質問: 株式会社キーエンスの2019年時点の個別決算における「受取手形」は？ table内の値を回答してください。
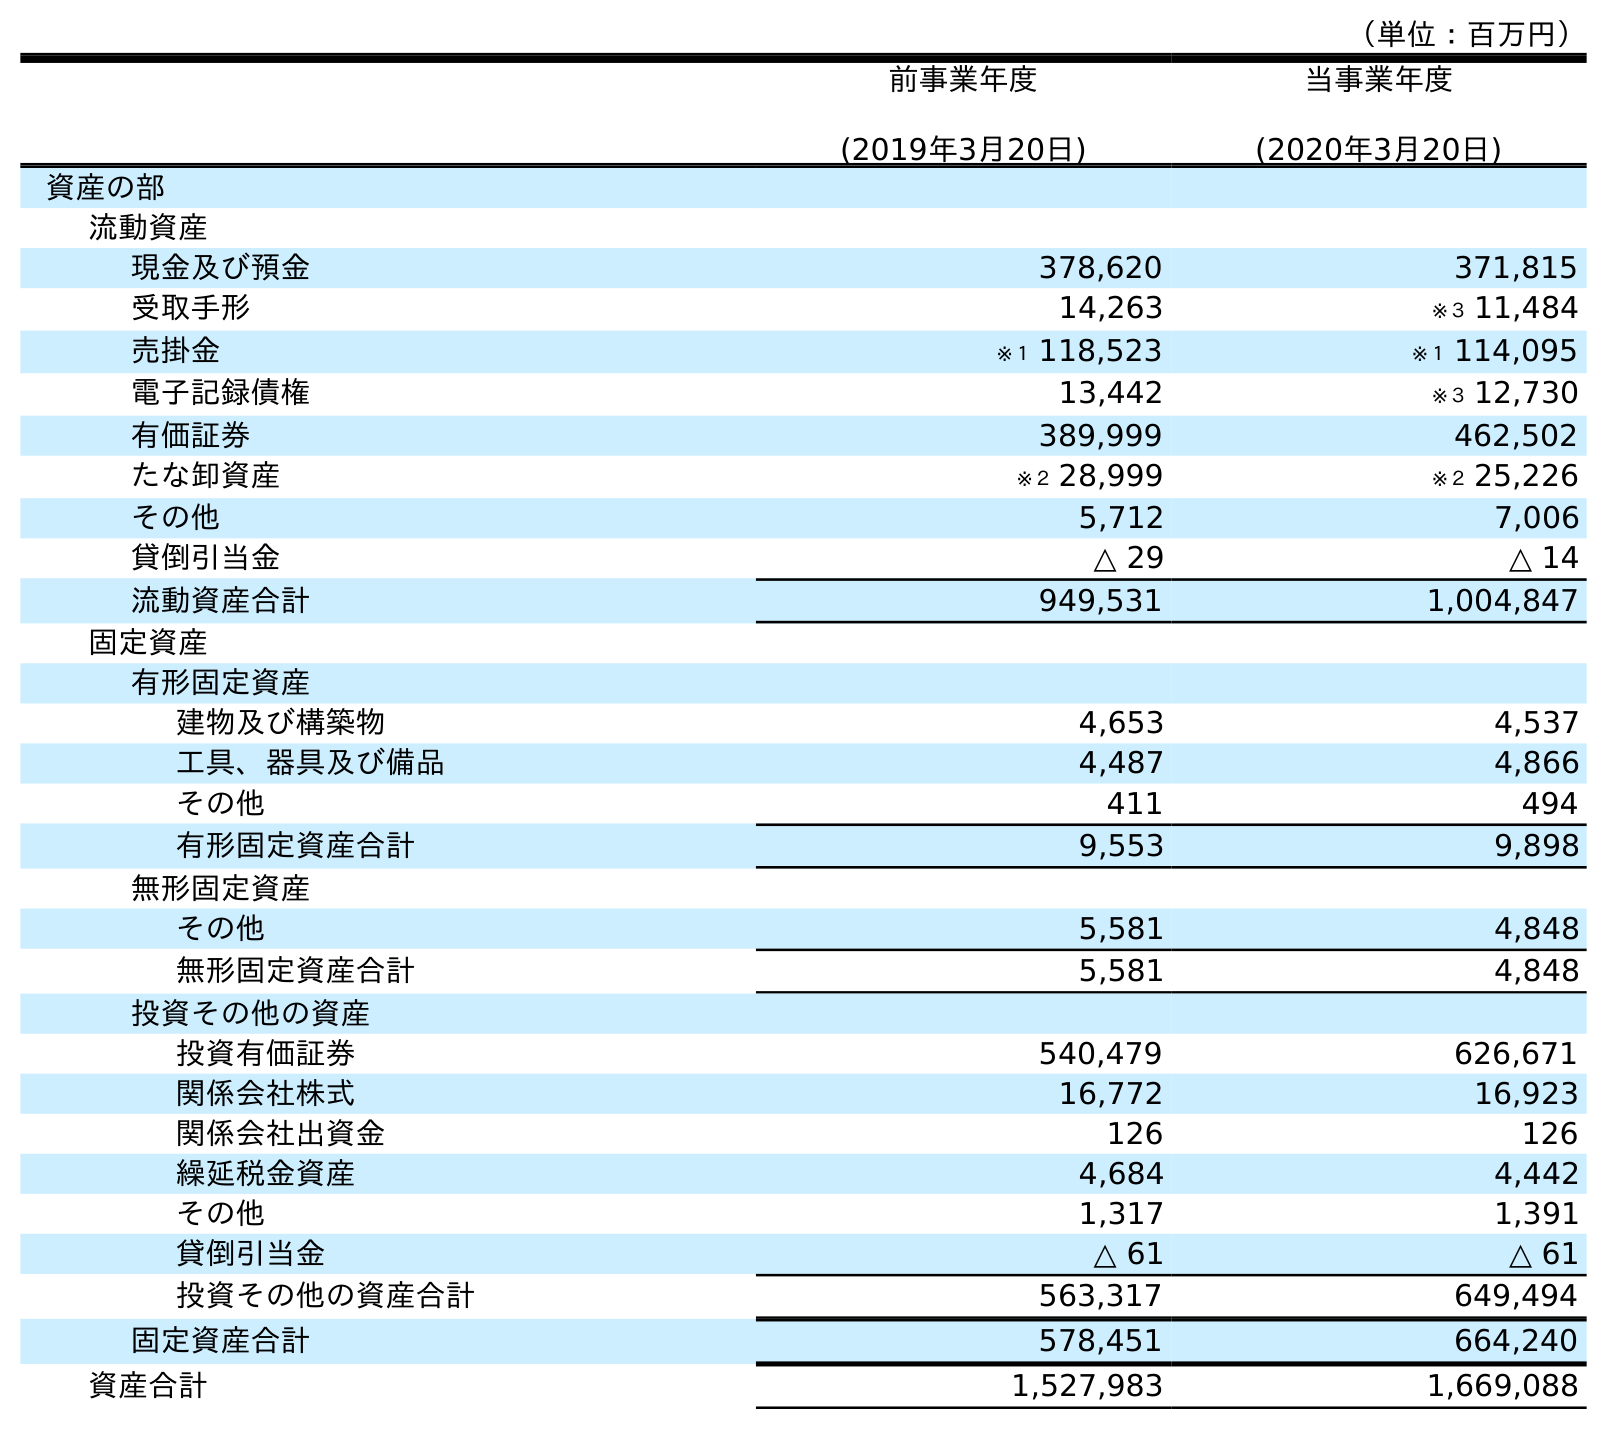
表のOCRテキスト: （単位：百万円） 前事業年度 (2019年3月20日) 当事業年度 (2020年3月20日) 資産の部 流動資産 現金及び預金 378,620 371,815 受取手形 14,263 ※３ 11,484 売掛金 ※１ 118,523 ※１ 114,095 電子記録債権 13,442 ※３ 12,730 有価証券 389,999 462,502 たな卸資産 ※２ 28,999 ※２ 25,226 その他 5,712 7,006 貸倒引当金 △ 29 △ 14 流動資産合計 949,531 1,004,847 固定資産 有形固定資産 建物及び構築物 4,653 4,537 工具、器具及び備品 4,487 4,866 その他 411 494 有形固定資産合計 9,553 9,898 無形固定資産 その他 5,581 4,848 無形固定資産合計 5,581 4,848 投資その他の資産 投資有価証券 540,479 626,671 関係会社株式 16,772 16,923 関係会社出資金 126 126 繰延税金資産 4,684 4,442 その他 1,317 1,391 貸倒引当金 △ 61 △ 61 投資その他の資産合計 563,317 649,494 固定資産合計 578,451 664,240 資産合計 1,527,983 1,669,088
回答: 14,263